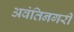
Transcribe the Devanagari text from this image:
अवंतिनगरी